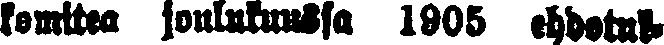
komitea joulukuussa 1905 ehdotuk-